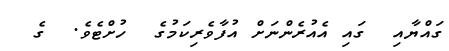
ގައްޔާއި  ގައި އެއުރެންނަށް އުފާވެރިކަމުގެ  ހުށްޓެވެ.  ގެ